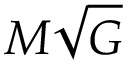
M { \sqrt { G } }